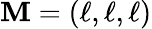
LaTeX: \mathbf{M}=(\ell,\ell,\ell)